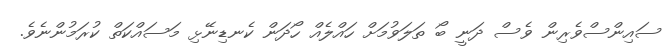
ސައިންސްވެރިން ވެސް ދަނީ ބޯ ތަލަވުމަށް ހައްލެއް ހޯދަން ކެނޑިނޭޅި މަސައްކަތް ކުރަމުންނެވެ.